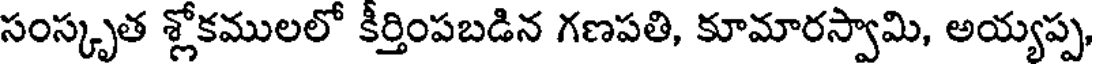
సంస్కృత శ్లోకములలో కీర్తింపబడిన గణపతి, కూమారస్వామి, అయ్యప్ప